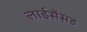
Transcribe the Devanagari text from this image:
लाईसेंसड